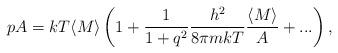
LaTeX: \begin{align*}pA=kT\langle M\rangle\left(1+\frac{1}{1+q^2}\frac{h^2}{8\pi mkT}\frac{\langle M\rangle}{A}+...\right),\end{align*}